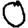
Digit: 0